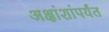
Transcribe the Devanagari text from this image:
अक्षांशांपर्यंत